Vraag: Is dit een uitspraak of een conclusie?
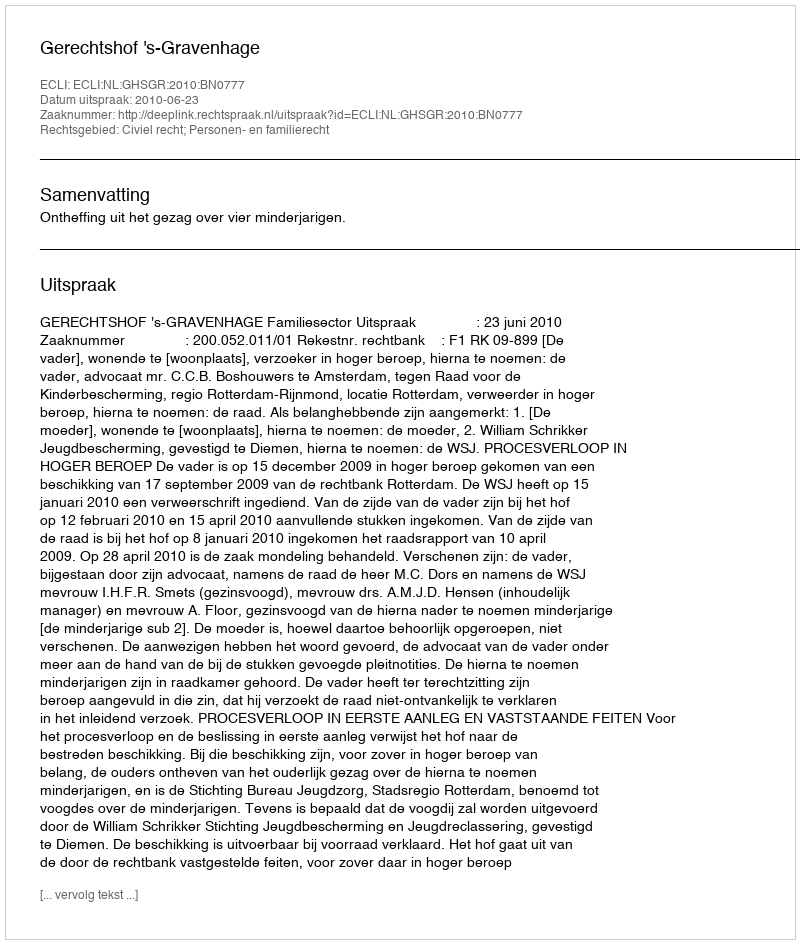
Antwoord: Uitspraak